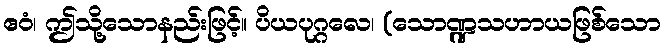
ဧဝံ၊ ဤသို့သောနည်းဖြင့်။ ပိယပုဂ္ဂလေ၊ (သောဏ္ဍသဟာယဖြစ်သော